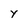
Character: y